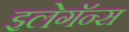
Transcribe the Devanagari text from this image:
इलेगॅन्स